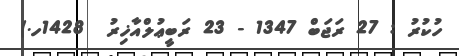
ހުކުރު : 27 ރަޖަބް 1347 - 23 ރަބީޢުލްއާޚިރު  1428ހ.)